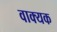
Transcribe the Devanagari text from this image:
वाक्यक